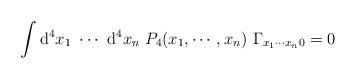
LaTeX: \begin{align*}\int {\rm d}^{4}x_{1}~\cdots ~{\rm d}^{4}x_{n}~P_{4}(x_{1},\cdots,x_{n})~\Gamma _{x_{1}\cdots x_{n}0}=0 \end{align*}